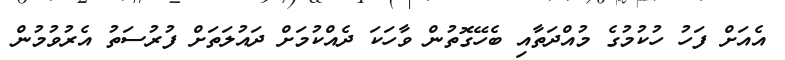
އެއަށް ފަހު ހުކުމުގެ މުއްދަތާއި ބެހޭގޮތުން ވާހަކަ ދެއްކުމަށް ދައުލަތަށް ފުރުސަތު އެރުވުމުން